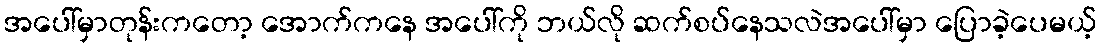
အပေါ်မှာတုန်းကတော့ အောက်ကနေ အပေါ်ကို ဘယ်လို ဆက်စပ်နေသလဲအပေါ်မှာ ပြောခဲ့ပေမယ့်